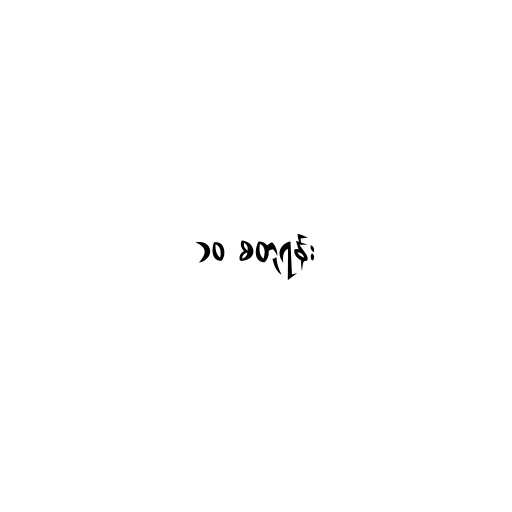
၁၀ စတုရန်း